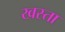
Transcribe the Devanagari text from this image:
खस्‍ता